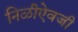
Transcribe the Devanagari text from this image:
निळीऐवजी